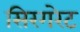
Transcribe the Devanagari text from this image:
सिरगरेट